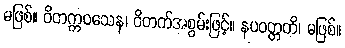
မဖြစ်။ ဝိတက္ကဝသေန၊ ဝိတက်အစွမ်းဖြင့်။ နပဝတ္တတိ၊ မဖြစ်။